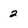
Character: 2